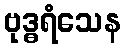
ဗုဒ္ဓရံသေန